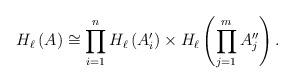
LaTeX: \begin{align*}H_\ell \left( A \right) \cong \prod_{i=1}^n H_\ell\left( A'_i\right) \times H_\ell\left( \prod_{j=1}^m A''_j \right).\end{align*}